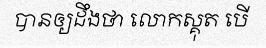
បានឲ្យដឹងថា លោកស្គុត បើ